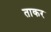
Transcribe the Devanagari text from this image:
ताकर